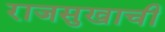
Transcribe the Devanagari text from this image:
राजसुखाची